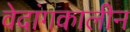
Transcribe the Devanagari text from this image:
वेदांगकालीन